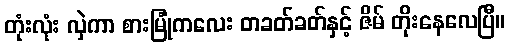
တုံးလုံး လှဲကာ စားမြုံကလေး တခတ်ခတ်နှင့် ဇိမ် တိုးနေလေပြီ။